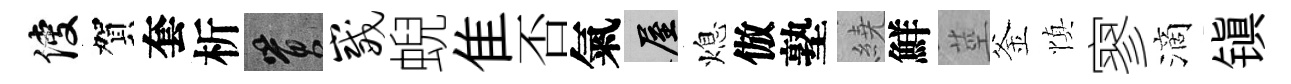
使賀套析篔崴蜺隹否氣屋熄倣塾繞鮮莖釜慎寥滴镇